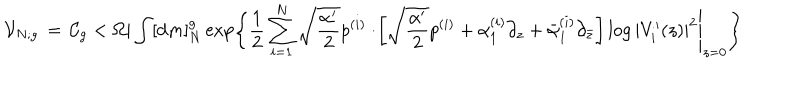
LaTeX: { \cal V } _ { N ; g } \, = \, { \cal C } _ { g } < \Omega | \int [ { \mathrm { d } } m ] _ { N } ^ { g } \exp \left\{ \frac { 1 } { 2 } \sum _ { i = 1 } ^ { N } \sqrt { \frac { \alpha ^ { \prime } } { 2 } } p ^ { ( i ) } \cdot \left. \! \left[ \sqrt { \frac { \alpha ^ { \prime } } { 2 } } p ^ { ( i ) } + { \alpha } _ { 1 } ^ { ( i ) } \partial _ { z } + \bar { \alpha } _ { 1 } ^ { ( i ) } \partial _ { \bar { z } } \right] \log | V _ { i } ^ { \prime } ( z ) | ^ { 2 } \right| _ { z = 0 } \right\}